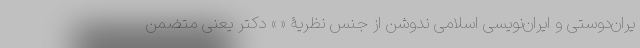
یران‌دوستی و ایران‌نویسی اسلامی ندوشن از جنس نظریۀ « » دکتر یعنی متضمن